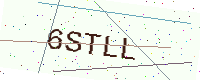
Text: 6STLL